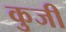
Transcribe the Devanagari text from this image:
कुजी